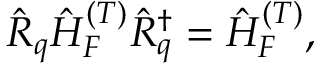
\begin{array} { r } { \hat { R } _ { q } \hat { H } _ { F } ^ { ( T ) } \hat { R } _ { q } ^ { \dagger } = \hat { H } _ { F } ^ { ( T ) } , } \end{array}